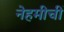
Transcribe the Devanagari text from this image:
नेहमीचीं